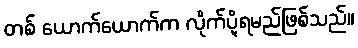
တစ် ယောက်ယောက်က လိုက်ပို့ရမည်ဖြစ်သည်။